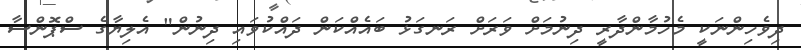
ދިވެހިންނަކީ މެހުމާންދާރީ ދިނުމަށް ވަރަށް ރަނގަޅު ބައެއްކަން ދައްކުވައި ދިނުން" އެލިޔާގެ ސްޕޮންސާ